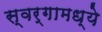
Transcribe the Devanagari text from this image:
स्वर्गामध्ये